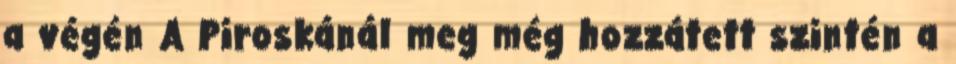
a végén A Piroskánál meg még hozzátett szintén a